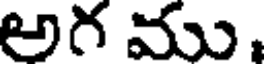
అగ ము.